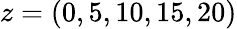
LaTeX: z=(0,5,10,15,20)